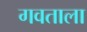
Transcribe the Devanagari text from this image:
गवताला